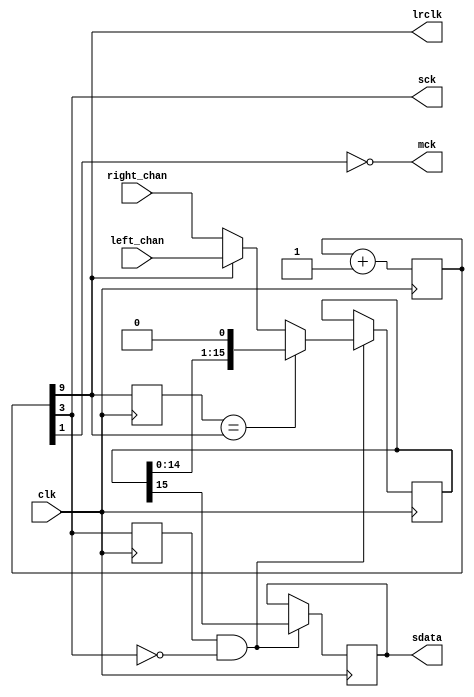
module i2s_tx #(parameter DATA_WIDTH = 16
				) (clk, left_chan, right_chan, sdata, lrclk, mck, sck);
input wire clk; 
input wire [DATA_WIDTH-1:0] left_chan;
input wire [DATA_WIDTH-1:0] right_chan;
output reg sdata; initial sdata <= 1'b0;
output wire mck, sck, lrclk;
reg [9:0]  mck_div; initial mck_div<=10'd0;
parameter LR_BIT = 9; 
parameter SCK_BIT = LR_BIT - 6; 
parameter MCK_BIT = 1;
assign mck   = ~mck_div[MCK_BIT];
assign lrclk = mck_div[LR_BIT];
assign sck   = mck_div[SCK_BIT];
reg lrclk_prev; initial lrclk_prev <= 1'b1;
wire lrclk_change = ~(lrclk_prev == lrclk);
reg [DATA_WIDTH-1:0] ch_data; initial ch_data <= {DATA_WIDTH{1'b0}};
reg sck_prev; initial sck_prev <= 1'b0;
wire sck_neg = (sck_prev==1'b1 && sck==1'b0);
always @(posedge clk) begin
	mck_div <= mck_div + 1'b1;
	lrclk_prev <= lrclk;
	sck_prev <= sck;
	if (sck_neg) begin
		if (lrclk_change) begin
			ch_data <= (lrclk) ? left_chan : right_chan;
		end else begin
			ch_data <= ch_data << 1;
		end
		sdata <= ch_data[DATA_WIDTH-1];
	end
end
endmodule